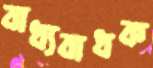
বাধ্যবাধক